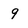
Character: 9